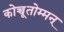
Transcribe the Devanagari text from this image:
कोच्चूतोम्मन्